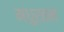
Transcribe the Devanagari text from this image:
मधुरतम